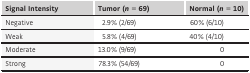
<table><thead><tr><td><b>Signal Intensity</b></td><td><b>Tumor (<i>n</i> = 69)</b></td><td><b>Normal (<i>n</i> = 10)</b></td></tr></thead><tbody><tr><td>Negative</td><td>2.9% (2/69)</td><td>60% (6/10)</td></tr><tr><td>Weak</td><td>5.8% (4/69)</td><td>40% (4/10)</td></tr><tr><td>Moderate</td><td>13.0% (9/69)</td><td>0</td></tr><tr><td>Strong</td><td>78.3% (54/69)</td><td>0</td></tr></tbody></table>